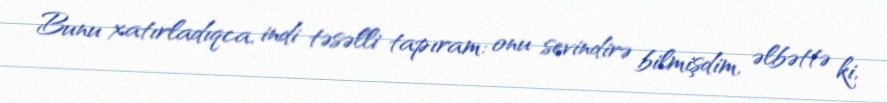
Bunu xatırladıqca, indi təsəlli tapıram: onu sevindirə bilmişdim, əlbəttə ki,